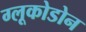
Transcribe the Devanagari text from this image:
ग्लूकोडोन